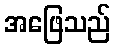
အဖြေသည်